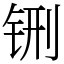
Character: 铏